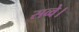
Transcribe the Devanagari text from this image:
सव्वे।